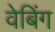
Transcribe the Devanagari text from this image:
वेबिंग